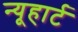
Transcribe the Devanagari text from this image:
न्यूहार्ट